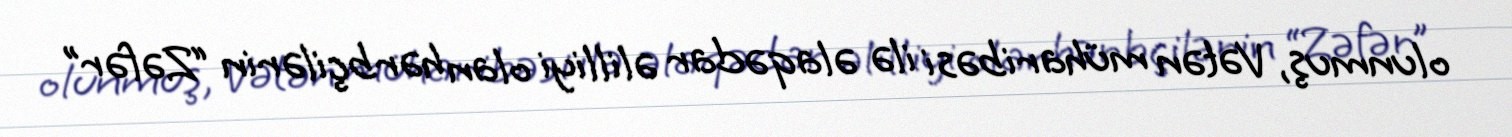
olunmuş, Vətən müharibəsi ilə əlaqədar əlilliyi olan hərbçilərin “Zəfər”